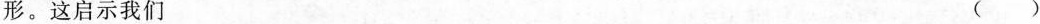
形。这启示我们 ()